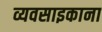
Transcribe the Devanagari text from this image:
व्यवसाइकाना